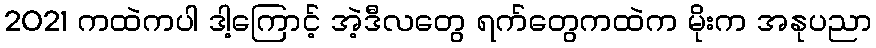
2021 ကထဲကပါ ဒါ့ကြောင့် အဲ့ဒီလတွေ ရက်တွေကထဲက မိုးက အနုပညာ